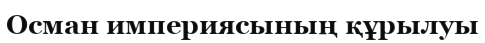
Осман империясының құрылуы